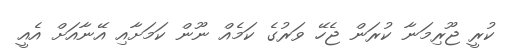
ކުރީ ޖޫރިމަނާ ކުރަން ޖެހޭ ވަރުގެ ކަމެއް ނޫން ކަމަށާއި އޭނާއަށް އެއީ